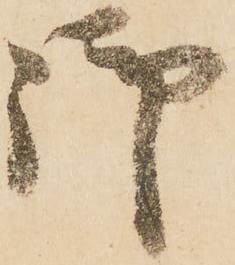
御